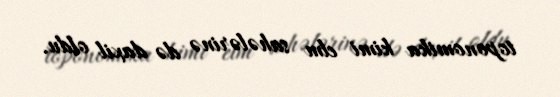
toponomika kimi elm sahələrinə də daxil oldu.